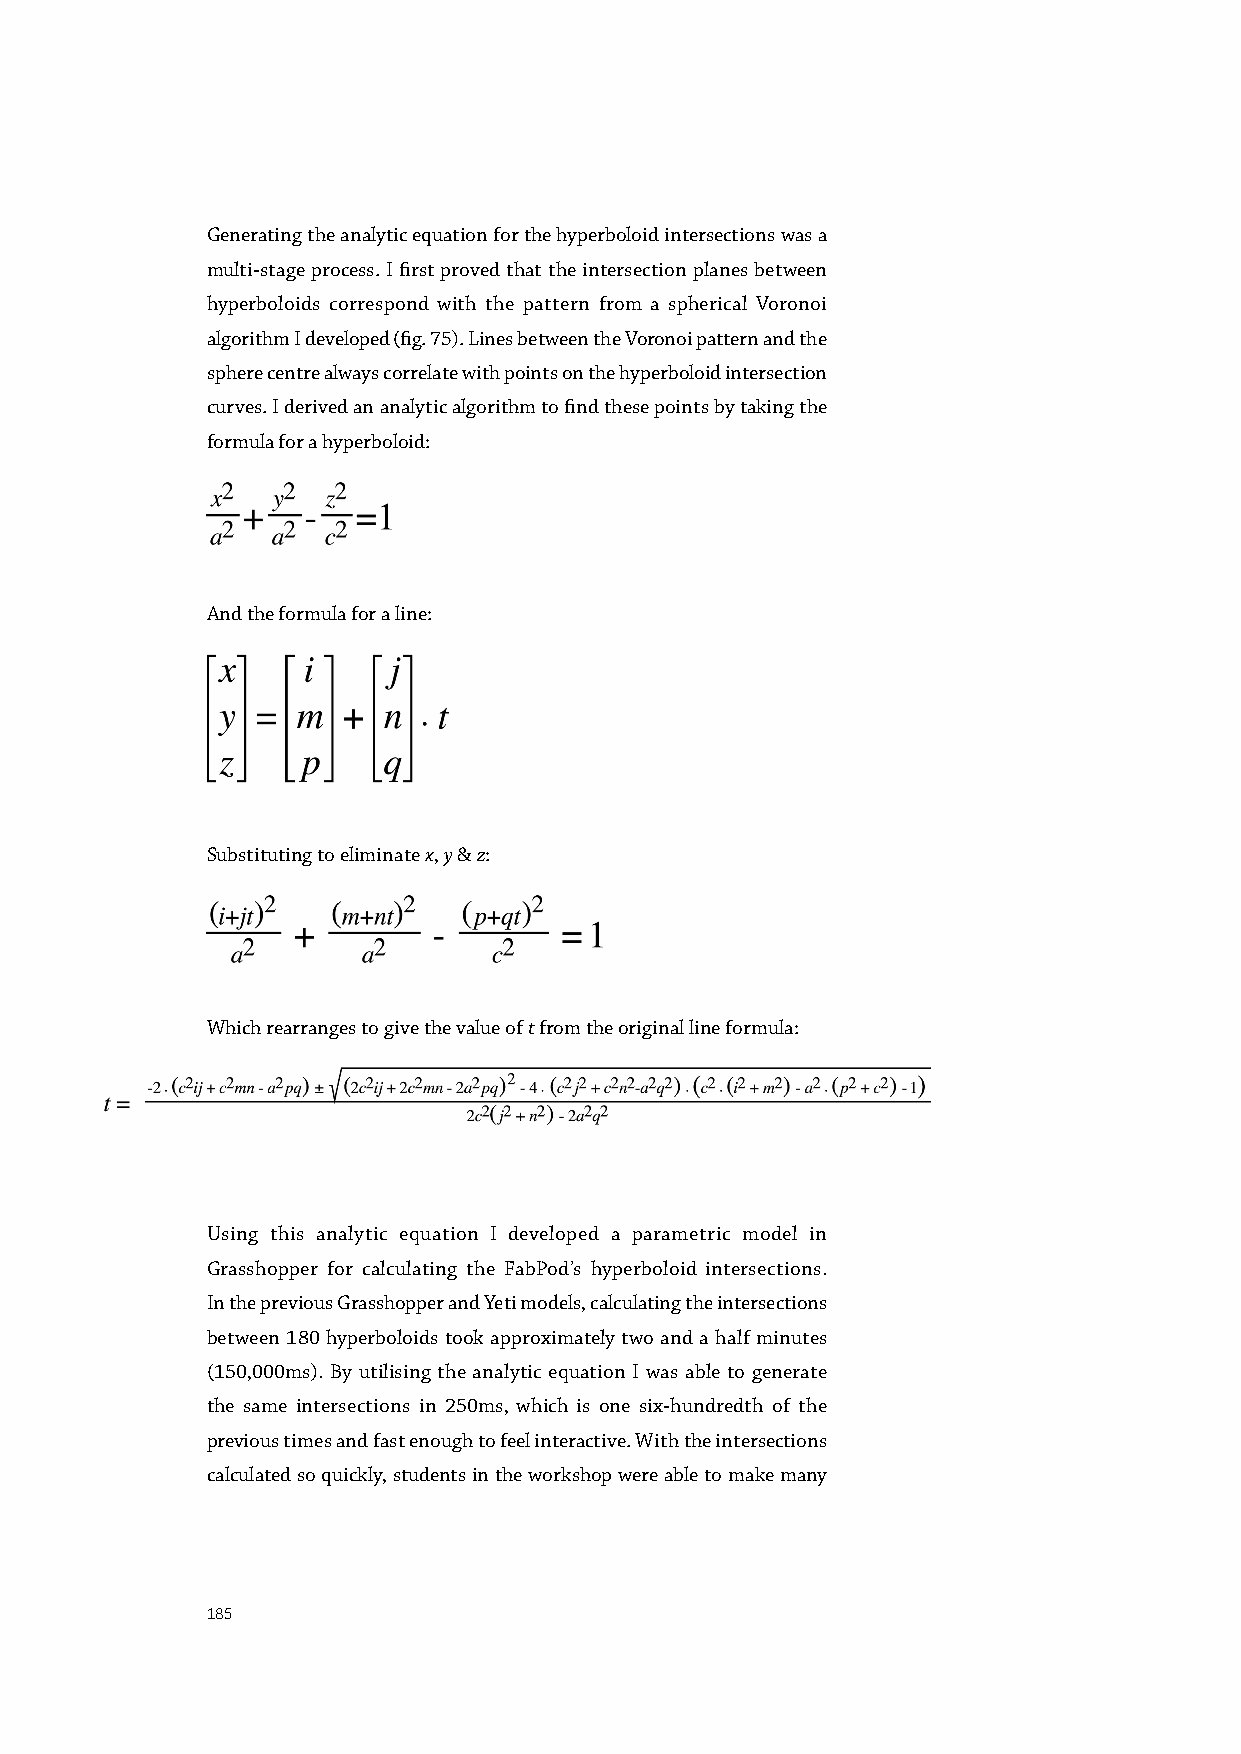
Generating the analytic equation for the hyperboloid intersections was a
 multi-stage process. I first proved that the intersection planes between
 hyperboloids correspond with the pattern from a spherical Voronoi
 algorithm I developed (fig. 75). Lines between the Voronoi pattern and the
 sphere centre always correlate with points on the hyperboloid intersection
 curves. I derived an analytic algorithm to find these points by taking the
 formula for a hyperboloid:
 And the formula for a line:
 Substituting to eliminate x, y & z:
 Which rearranges to give the value of t from the original line formula:
 Using this analytic equation I developed a parametric model in
 Grasshopper for calculating the FabPod’s hyperboloid intersections.
 In the previous Grasshopper and Yeti models, calculating the intersections
 between 180 hyperboloids took approximately two and a half minutes
 (150,000ms). By utilising the analytic equation I was able to generate
 the same intersections in 250ms, which is one six-hundredth of the
 previous times and fast enough to feel interactive. With the intersections
 calculated so quickly, students in the workshop were able to make many
 185